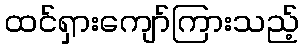
ထင်ရှားကျော်ကြားသည့်